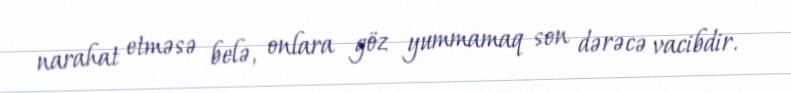
narahat etməsə belə, onlara göz yummamaq son dərəcə vacibdir.